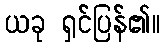
ယခု ရှင်ပြန်၏။